Annual administration and progress report of the Indian Medical Department, Bombay
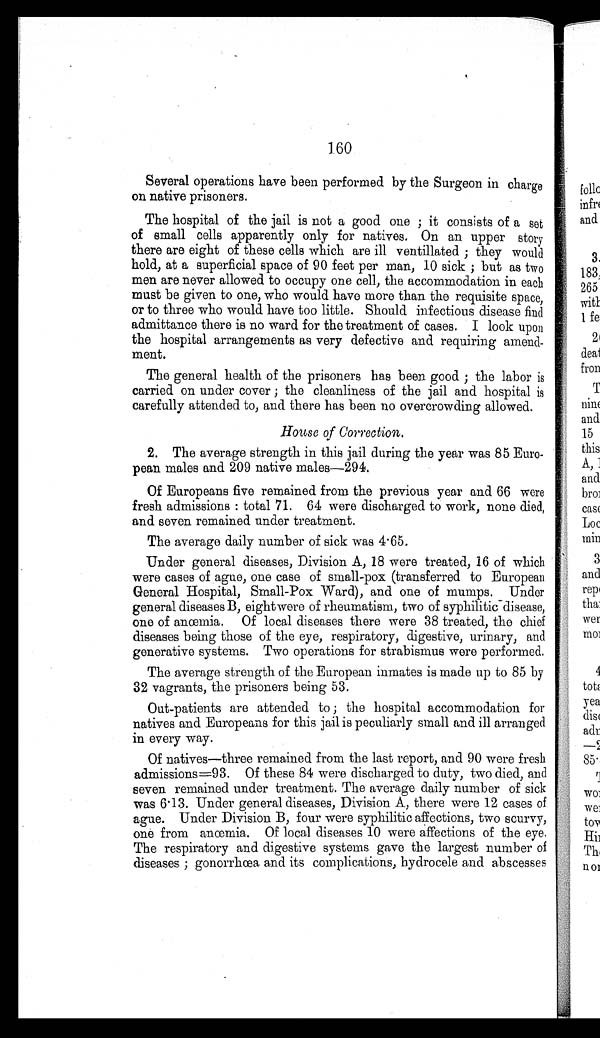
160
Several operations have been performed by the Surgeon in charge
on native prisoners.
The hospital of the jail is not a good one ; it consists of a set
of small cells apparently only for natives. On an upper story
there are eight of these cells which are ill ventillated ; they would
hold, at a superficial space of 90 feet per man, 10 sick ; but as two
men are never allowed to occupy one cell, the accommodation in each
must be given to one, who would have more than the requisite space,
or to three who would have too little. Should infectious disease find
admittance there is no ward for the treatment of cases. I look upon
the hospital arrangements as very defective and requiring amend
-
ment.
The general health of the prisoners has been good ; the labor is
carried on under cover ; the cleanliness of the jail and hospital is
carefully attended to, and there has been no overcrowding allowed.
House of Correction.
2. The average strength in this jail during the year was 85 Euro
-
pean males and 209 native males—294.
Of Europeans five remained from the previous year and 66 were
fresh admissions : total 71. 64 were discharged to work, none died,
and seven remained under treatment.
The average daily number of sick was 4.65.
Under general diseases, Division A, 18 were treated, 16 of which
were cases of ague, one case of small-pox (transferred to European
General Hospital, Small-Pox Ward), and one of mumps. Under
general diseases B, eight were of rheumatism, two of syphilitic disease,
one of anœmia. Of local diseases there were 38 treated, the chief
diseases being those of the eye, respiratory, digestive, urinary, and
generative systems. Two operations for strabismus were performed.
The average strength of the European inmates is made up to 85 by
32 vagrants, the prisoners being 53.
Out-patients are attended to ; the hospital accommodation for
natives and Europeans for this jail is peculiarly small and ill arranged
in every way.
Of natives—three remained from the last report, and 90 were fresh
admissions=93. Of these 84 were discharged to duty, two died, and
seven remained under treatment. The average daily number of sick
was 6.13. Under general diseases, Division A, there were 12 cases of
ague. Under Division B, four were syphilitic affections, two scurvy,
one from anœmia. Of local diseases 10 were affections of the eye.
The respiratory and digestive systems gave the largest number of
diseases ; gonorrhœa and its complications, hydrocele and abscesses